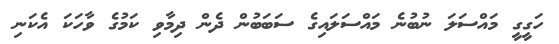
ހަގީގީ މައްސަލަ ނުބުނެ މައްސަލައިގެ ސަބަބުން ދެން ދިމާވި ކަމުގެ ވާހަކަ އެކަނި